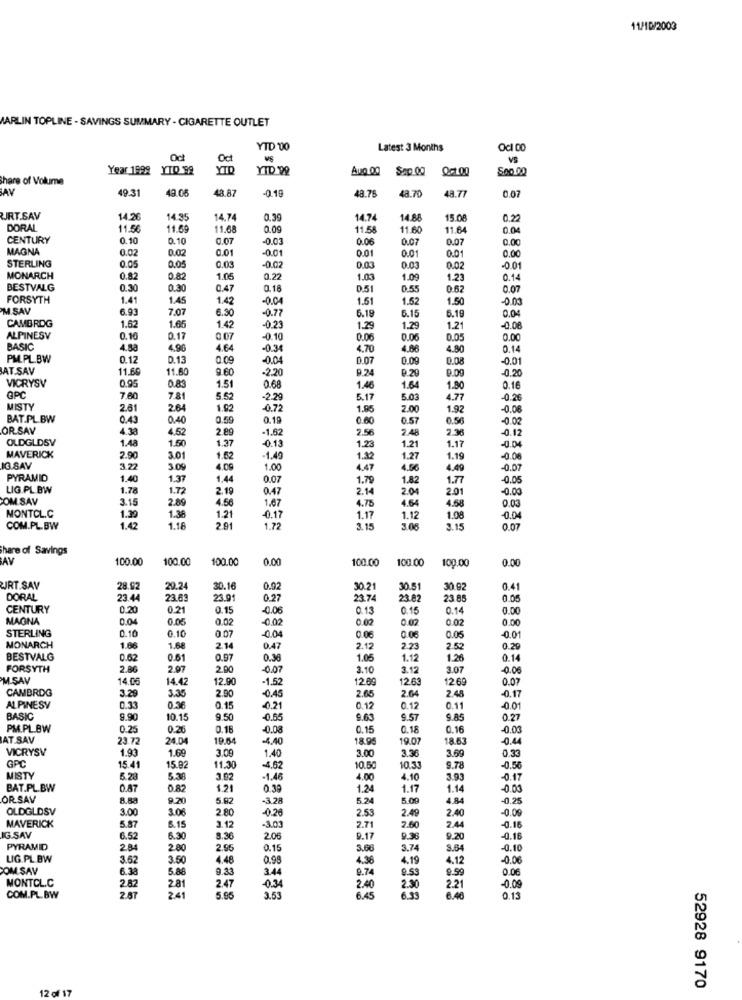
11/10/2003
MARLIN TOPLINE - SAVINGS SUMMARY - CIGARETTE OUTLET
YTD 00
Latest 3 Months
Oc1 00
Oct
VS
Year 1999 YTD 99
YTD
YID '99
Aug 00
Sep.00
Share of Volume
AV
49-31
49.08
48.87
-0.18
48.76
48.70
48.77
0.07
RT.SAV
14.26
14.9
14.74
0.39
14.74
14.88
15.0
0.22
DORAL
11.56
11.69
11.68
0.09
11.58
11.60
11.64
0.04
CENTURY
0.10
0.10
0.07
-0.03
0.06
0.07
0.07
0.00
MAGNA
0.02
0.02
0.01
0.01
0.01
0.00
-0.01
0.01
STERLING
0.05
0.05
0.03
-0.02
0.03
0.03
0.02
-0 01
MONARCH
0.82
0.82
1.05
0.22
1.03
1.09
1.23
0.14
BESTVALG
0.30
0.30
0.47
0.18
0.51
0.55
0.62
0.07
FORSYTH
1.41
1.45
1.42
-0.04
1.51
1.52
1.50
-0.00
M.SAV
6.93
7.07
6.30
-0.77
6.19
6.15
6.19
0.04
CAMBRIDG
1.62
1.65
1.42
-0.23
1.29
1.29
1.21
-0.08
ALPINESV
0.10
0.17
0.07
-0.10
0.06
0.06
0.05
0.00
BASIC
4.88
4.98
4.64
0.34
4.70
4.66
4.80
0.14
PM.PL.BW
0.12
D.13
0.09
0.04
0.07
0.09
0.08
0.01
AT.SAV
11.60
11.60
9.60
-2.20
9.24
9.09
-0.20
1.51
0.26
VICRYSV
0.95
0.83
0.68
1.46
1.64
1.80
0.16
GPC
7.60
7.81
5.52
-2.29
5.17
5.03
4.77
0.2€
MISTY
2.61
2.64
1.92
-0.72
1.95
2.00
1.92
-0.06
BAT.PL.BW
0.43
0.40
0.59
0.19
0.60
0.57
0.56
-0.02
ORSAV
4.38
4.52
2.89
1.62
2.56
2.48
2.36
-0.12
OLDGLDSV
1.48
1.50
1.37
-0.13
1.17
-0.04
1.23
1.21
MAVERICK
2.90
3.01
1.62
-1.40
1.32
1.27
1.19
-0.08
IG.SAV
3.22
3.09
4.09
1.00
4.47
4.56
4.49
-0.07
PYRAMID
1.40
1.37
1.44
0.07
1.79
1.82
1.77
-0.05
LIG.PL BW
1.78
1.72
2,19
0.47
2.14
2.04
2.01
-0.00
COM.SAV
3.15
2.89
4.56
1.67
4.64
4.58
4.75
0.03
MONTCL.C
1.39
1.38
1.21
-0.17
1.17
1.12
1.08
-0.04
COM.PL. BW
1.42
1.18
2.91
1.72
3.15
3.08
9.15
0.07
Share of Savings
AV
100.00
100.00
100.00
0.00
100.00
100.00
0.00
100.00
CURT.SAV
28.92
29.24
30.16
0.92
30.21
30.5
30.92
0.41
DORAL
23.44
23.63
23.91
0.27
23.74
23.82
23 8
0.05
CENTURY
0.20
0.21
0.15
0.06
0.13
0.15
0.14
0.00
MAGNA
0.04
0.05
0.02
-0.02
0.02
0.00
0.02
0.00
STERLING
0.10
0.10
-0.01
0.07
0.04
0.06
0.06
0.05
MONARCH
1.86
1.68
2.14
0.47
2.12
2.23
2.52
0.29
BESTVALG
0.62
0.81
0.97
0.36
1.05
1.12
1.26
0.14
FORSYTH
2.86
2.07
2.90
-0.07
3.10
3.12
3.07
-0.06
M.SAV
14.06
14.42
12.90
-1.52
2.69
12.63
12 69
0.07
CAMBRDG
3.29
2.90
2.65
2.64
3.35
-0.45
2.48
-0.17
ALPINESV
0.33
0.36
0.15
-0.21
0.12
0.12
0.11
-0.01
BASIC
9.90
10.15
9.50
-0.65
9.63
9.57
9.85
0.27
PM.PL.BW
0.25
0.26
0.18
-0.08
0.15
0.18
0.16
-0.03
AT.SAV
23.72
24.04
19.64
-4.40
18.95
19.07
18.63
-0.44
VICRYSV
1.69
3.09
3.00
3.69
0.33
GPC
1.93
1.40
3.36
15.41
15.92
11.30
-4,62
10.50
10.33
9.78
-0.56
MISTY
5.28
5.38
3.02
-1.46
4.00
4.10
3.93
-0.17
BAT.PL.BW
0.87
0.82
1.21
0.39
1.24
1.17
1.14
-0.00
OR SAV
8.83
9.20
5.82
-3.28
5.24
5.09
4.84
-0.25
OLDGLDSV
3.00
3.06
2.80
-0.20
2.53
2.49
2.40
-0.09
MAVERICK
5.87
6.15
3.12
-3.03
2.71
2.60
2.44
-0.16
IG.SAV
6.52
6.30
8.36
2.06
9.17
9.38
9.20
-0.16
PYRAMID
2.84
2.80
2.95
0.15
3.66
3.74
3.64
-0.10
LIG.PL BW
3.62
3.50
4.48
0.98
4.36
4.19
4.12
-0.06
COM SAV
6.33
5.88
9.33
3.44
9.74
9.53
9.99
0.06
MONTCL.C
2 82
2.47
2.81
-0.34
2.40
2.30
6.59
2.21
-0.09
COM.PL. BW
2.87
24
5.96
3.53
6.45
6.40
0.13
12 of 17
52928 9170